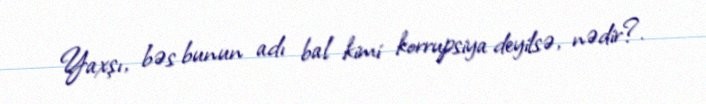
Yaxşı, bəs bunun adı bal kimi korrupsiya deyilsə, nədir?.